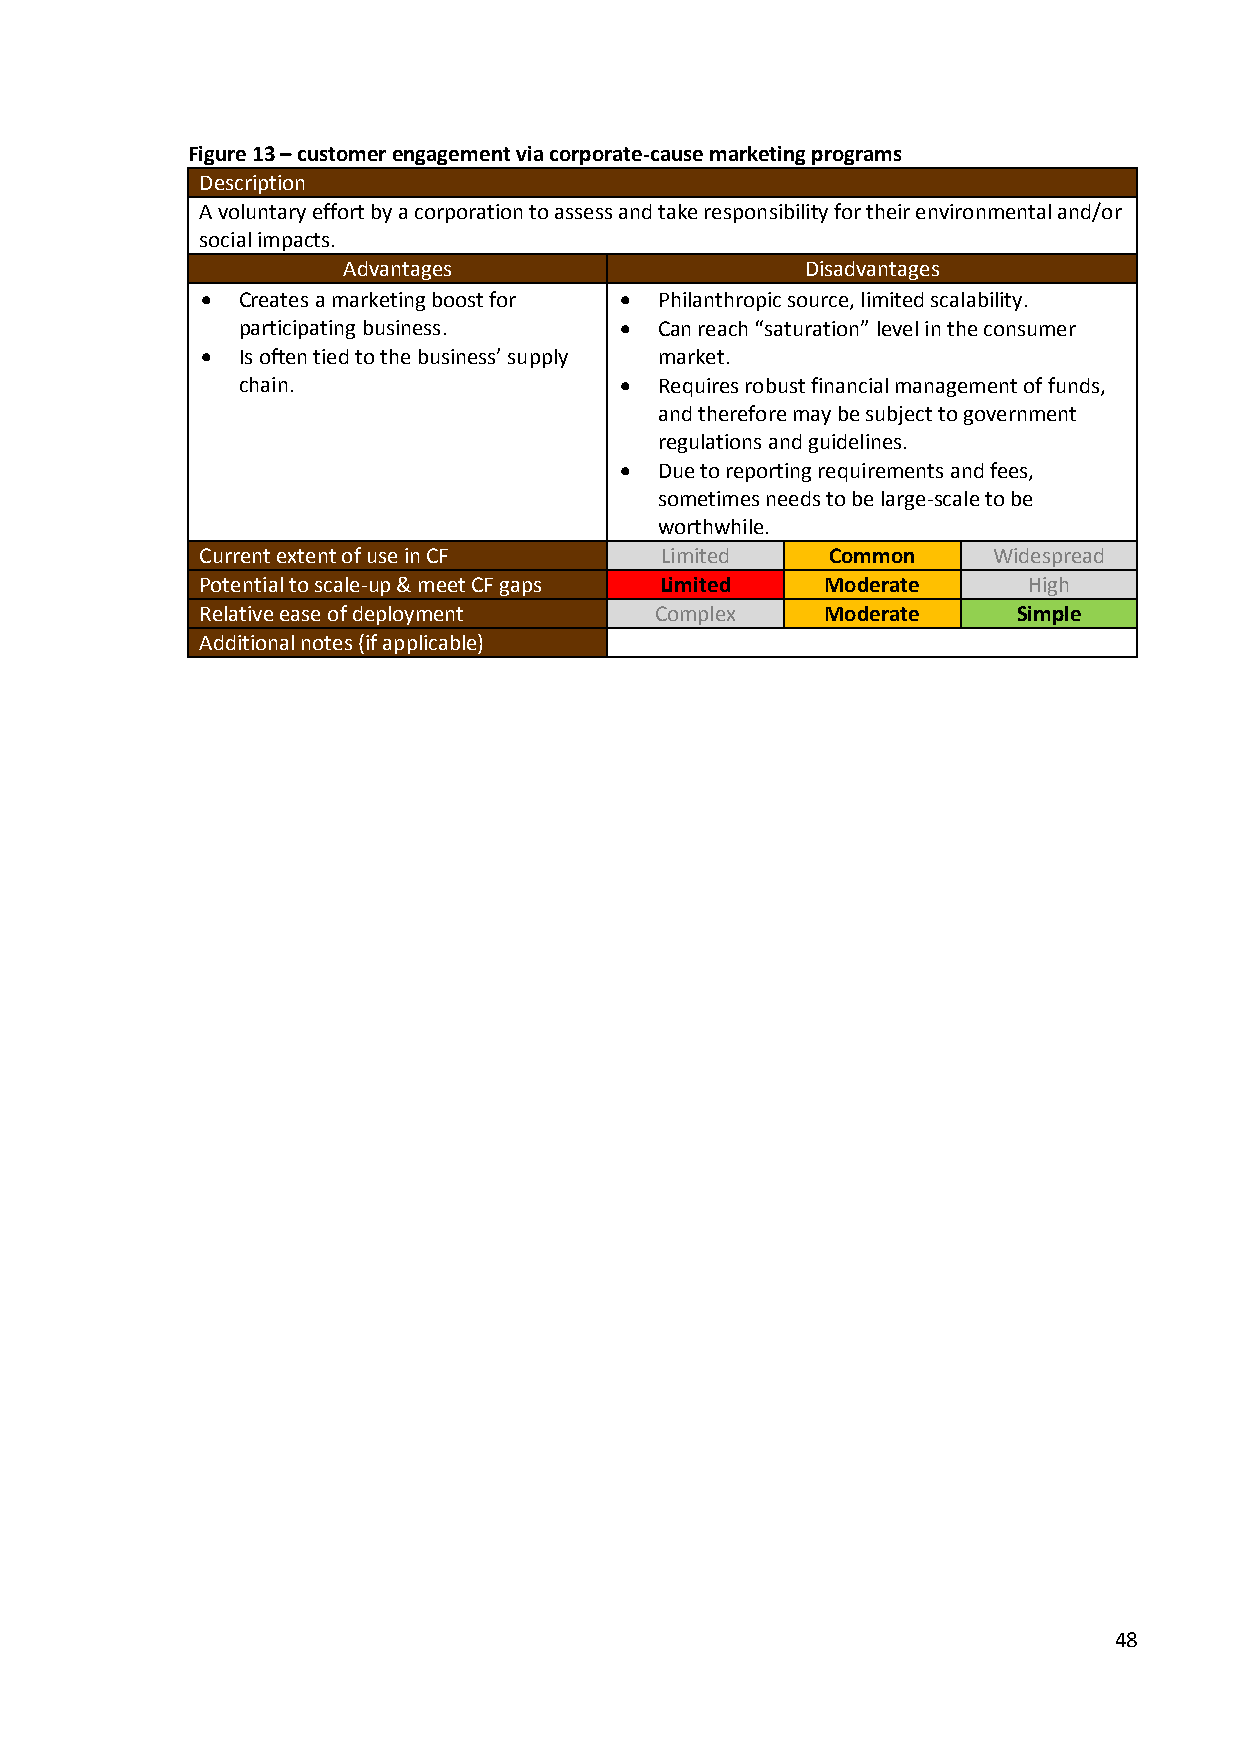
Figure 13 – customer engagement via corporate-cause marketing programs
 Description
 A voluntary effort by a corporation to assess and take responsibility for their environmental and/or
 social impacts.
 Advantages                    Disadvantages
   Creates a marketing boost for  Philanthropic source, limited scalability.
 participating business.    Can reach “saturation” level in the consumer
   Is often tied to the business’ supply market.
 chain.                     Requires robust financial management of funds,
 and therefore may be subject to government
 regulations and guidelines.
   Due to reporting requirements and fees,
 sometimes needs to be large-scale to be
 worthwhile.
 Current extent of use in CF    Limited    Common     Widespread
 Potential to scale-up & meet CF gaps Limited Moderate  High
 Relative ease of deployment   Complex     Moderate    Simple
 Additional notes (if applicable)
 48